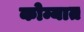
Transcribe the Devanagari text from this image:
कोम्यात